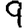
Digit: 9